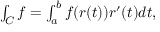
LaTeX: \textstyle \int _ { C } f = \int _ { a } ^ { b } f ( r ( t ) ) r ^ { \prime } ( t ) d t ,